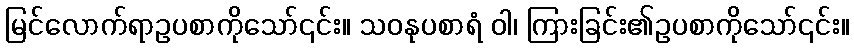
မြင်လောက်ရာဥပစာကိုသော်၎င်း။ သဝနုပစာရံ ဝါ၊ ကြားခြင်း၏ဥပစာကိုသော်၎င်း။